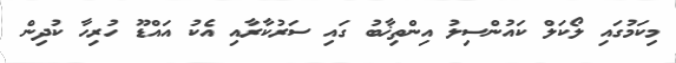
މިކަމުގައި ލޯކަލް ކައުންސިލު އިންތިޚާބު ގައި ސަރުކާރާއި އެކު އައްޑޫ ހުރިހާ ކުދިން